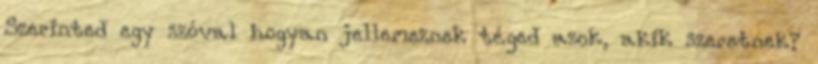
Szerinted egy szóval hogyan jellemeznek téged azok, akik szeretnek?